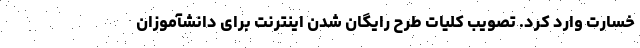
خسارت وارد کرد. تصویب کلیات طرح رایگان شدن اینترنت برای دانشآموزان